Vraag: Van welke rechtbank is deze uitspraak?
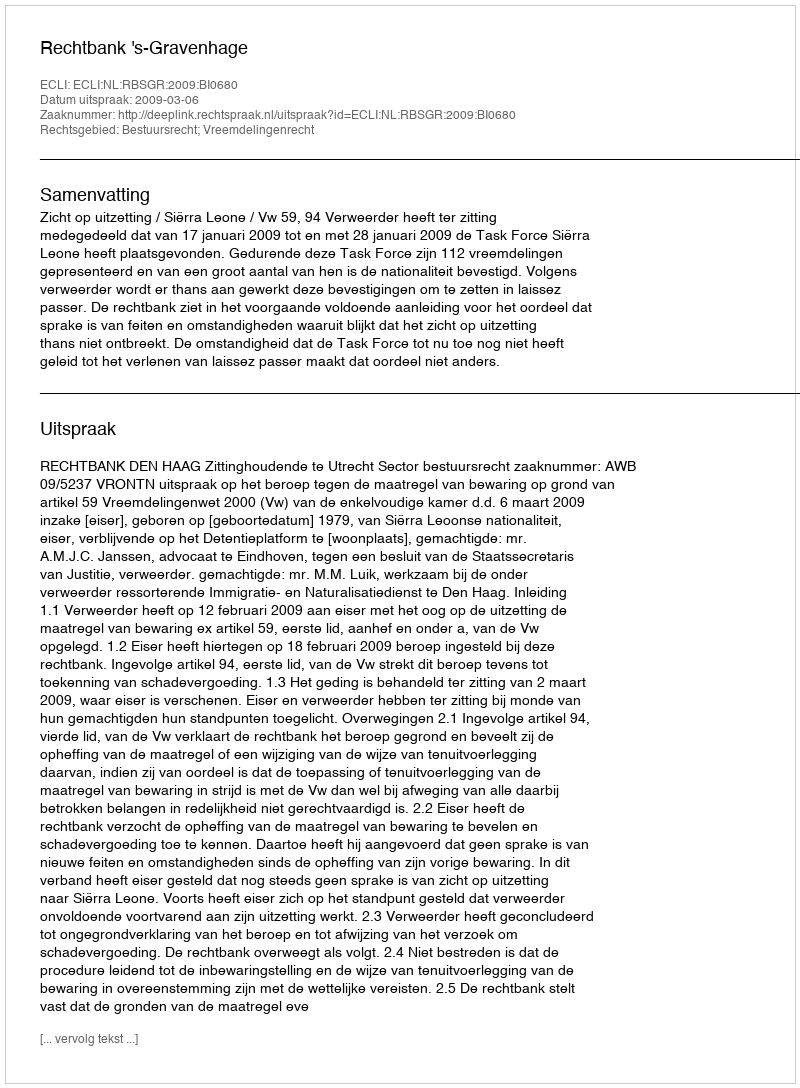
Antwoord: Rechtbank 's-Gravenhage